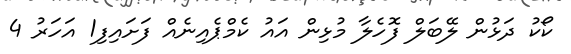
ކޯކު ދަޅުން ލޭބަލް ފޮހެލާ މުޅިން އައު ކެމްޕެއިނެއް ފަށައިފި1 އަހަރު 4